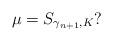
LaTeX: \begin{align*}\mu=S_{\gamma_{n+1},K}?\end{align*}